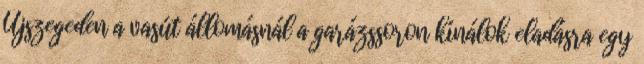
Újszegeden a vasút állomásnál a garázssoron kínálok eladásra egy